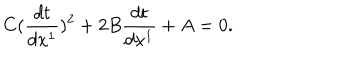
LaTeX: C ( \frac { d t } { d x ^ { 1 } } ) ^ { 2 } + 2 B \frac { d t } { d x ^ { 1 } } + A = 0 .